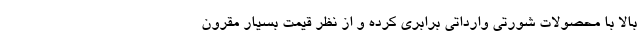
بالا با محصولات شورتی وارداتی برابری کرده و از نظر قیمت بسیار مقرون